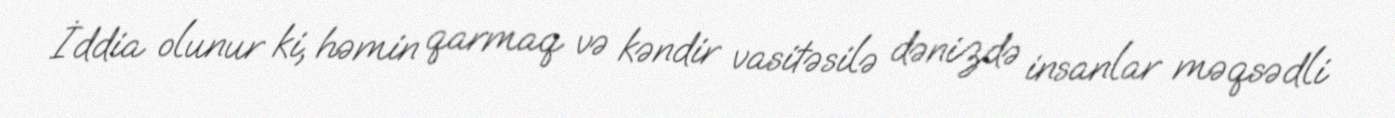
İddia olunur ki, həmin qarmaq və kəndir vasitəsilə dənizdə insanlar məqsədli